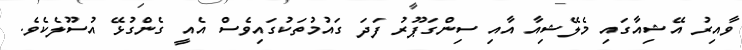
ވާއިރު އޭޝިއާގައި މެލޭޝިއާ އާއި ސިންގަޕޫރު ފަދަ ގައުމުތަކުގައިވެސް އެއީ ގެންގުޅޭ އުސޫލެކެވެ.